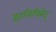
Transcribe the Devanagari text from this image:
इतलिचिसेद्